Indian journal of veterinary science and animal husbandry - Volume 5,
Year: 1935
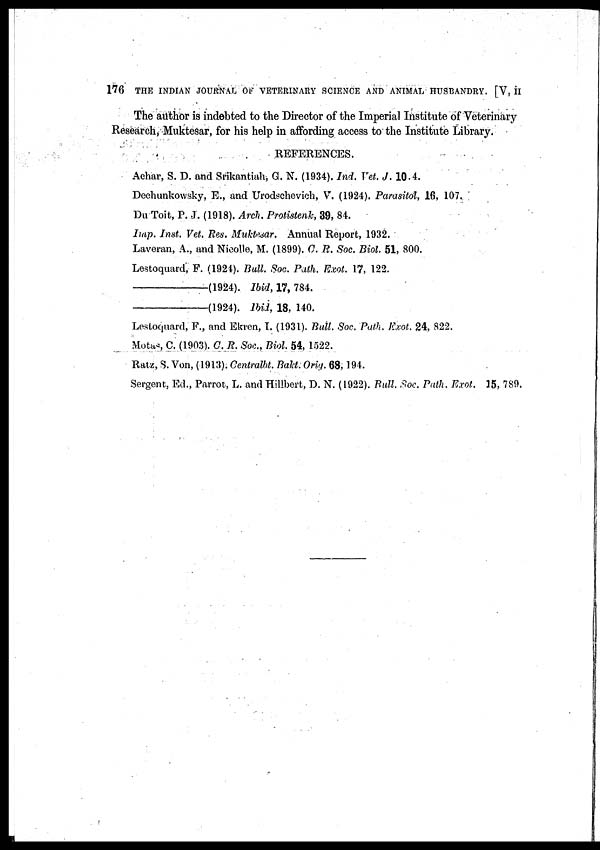
176 THE INDIAN JOURNAL OF VETERINARY SCIENCE AND ANIMAL HUSBANDRY. [V, II
The author is indebted to the Director of the Imperial Institute of Veterinary
Research, Muktesar, for his help in affording access to the Institute Library.
REFERENCES.
Achar, S. D. and Srikantiah, G. N. (1934). Ind. Vet. J. 10.4.
Dechunkowsky, E., and Urodschevich, V. (1924). Parasitol, 16, 107.
Du Toit, P. J. (1918). Arch. Protistenk, 39, 84.
Imp. Inst. Vet. Res. Muktesar. Annual Report, 1932.
Laveran, A., and Nicolle, M. (1899). C. R. Soc. Biol. 51, 800.
Lestoquard, F. (1924). Bull. Soc. Path. Exot. 17, 122.
—(1924).
Ibid, 17, 784.
—(1924).
Ibid, 18, 140.
Lestoquard, F., and Ekren, I. (1931). Bull. Soc. Path. Exot. 24, 822.
Motas C. (1903). C. R. Soc, Biol. 54, 1522.
Ratz, S. Von, (1913). Centralbt. Bakt. Orig. 68,194.
Sergent, Ed., Parrot, L. and Hillbert, D. N. (1922). Bull. Soc. Path. Exot. 15, 789.